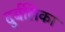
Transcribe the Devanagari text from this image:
दुर्बलिका